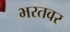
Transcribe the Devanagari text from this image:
भरतवर